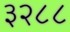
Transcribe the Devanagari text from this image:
३२८८